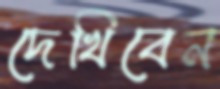
দেখিবেন